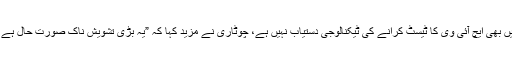
چیتن چوٹاری کے بہ قول بڑے بڑے ہسپتالوں میں بھی ایچ آئی وی کا ٹیسٹ کرانے کی ٹیکنالوجی دستیاب نہیں ہے، چوٹاری نے مزید کہا کہ ”یہ بڑی تشویش ناک صورتِ حال ہے اور اس کا فوری طور پر نوٹس لیا جانا چاہیے“۔